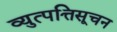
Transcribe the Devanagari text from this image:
व्युत्पत्तिसूचन